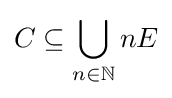
C\subseteq \bigcup _{n\in \mathbb {N} }nE